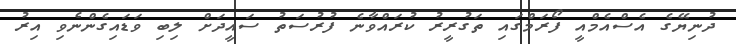
ދުނިޔޭގެ އެސްއެމްއީ ފޯރަމްގައި ތަގުރީރު ކުރައްވާނެ ފުރުސަތު ސައީދަށް ލިބި ވަޑައިގެންނެވި އިރު